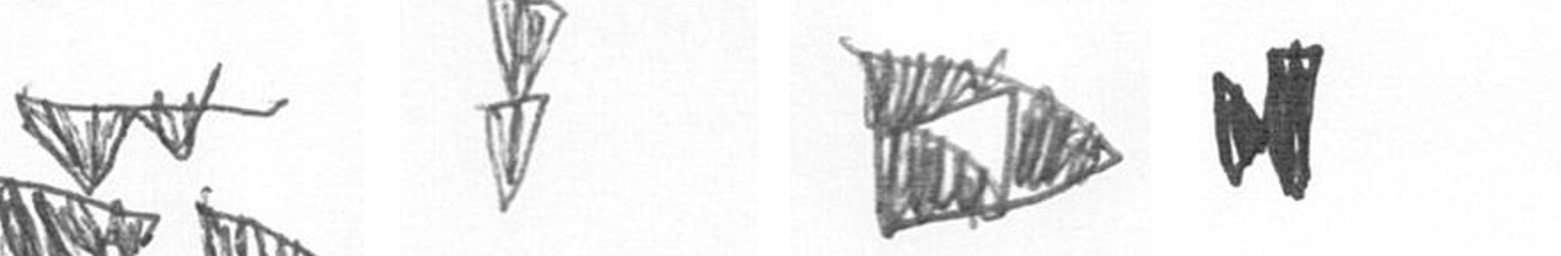
B Z K M